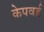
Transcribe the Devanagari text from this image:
केपवर्ड